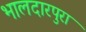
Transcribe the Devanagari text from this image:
भालदारपुरा